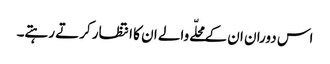
اس دوران ان کے محلّے والے ان کا انتظار کرتے رہتے۔